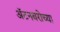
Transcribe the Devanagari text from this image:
ॲटनबरोच्या